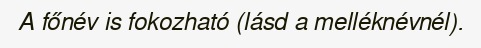
A főnév is fokozható (lásd a melléknévnél).